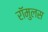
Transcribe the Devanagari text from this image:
रॉमुलस